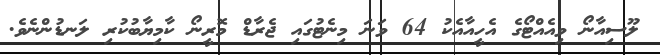
ލޫސިއާނޯ ވިއެއްޓޯގެ އެހީއާއެކު 64 ވަނަ މިނެޓުގައި ޖެރާޑް މޮރީނޯ ކާމިޔާބުކުރި ލަނޑުންނެވެ.